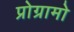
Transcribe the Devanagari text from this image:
प्रोग्रामो